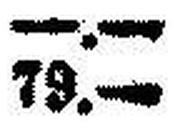
79.—